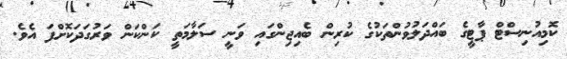
ކޮމިއުނިސްޓް ޕާޓީގެ ބައްދަލުވުންތަކުގެ ކުރިން ބެއިޖިންގައި ވަނީ ސަލާމަތީ ކަންކަން ވަރުގަދަކޮށްފަ އެވެ.